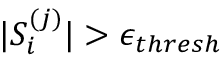
\vert S _ { i } ^ { ( j ) } \vert > \epsilon _ { t h r e s h }